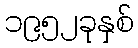
၁၉၅၂ခုနှစ်